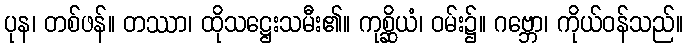
ပုန၊ တစ်ဖန်။ တဿာ၊ ထိုသဋ္ဌေးသမီး၏။ ကုစ္ဆိယံ၊ ဝမ်း၌။ ဂဗ္ဘော၊ ကိုယ်ဝန်သည်။